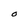
Character: 0